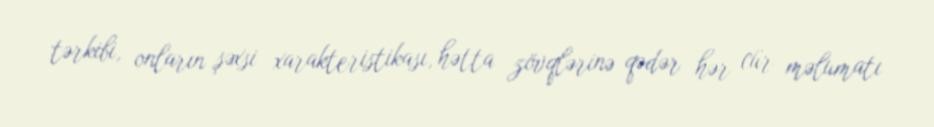
tərkibi, onların şəxsi xarakteristikası, hətta zövqlərinə qədər hər cür məlumatı